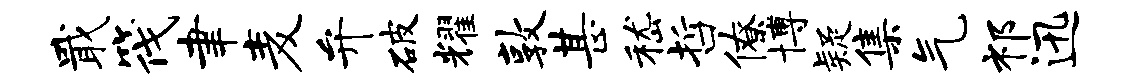
戢筏聿麦弁破耀敦甚嵇哲僚博疑集气祁迅